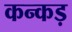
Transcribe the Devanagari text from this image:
कन्कड़